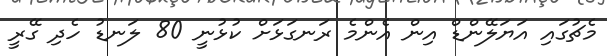
މެޗުގައި އަޔަލޭންޑް އިން އެންމެ ރަނގަޅަށް ކުޅުނީ 80 ލަނޑު ހެދި ގޭރީ